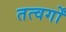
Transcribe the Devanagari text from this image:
तत्वर्गों